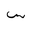
Letter: _sin